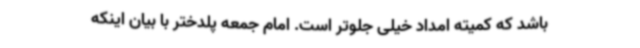
باشد که کمیته امداد خیلی جلوتر است. امام جمعه پلدختر با بیان اینکه